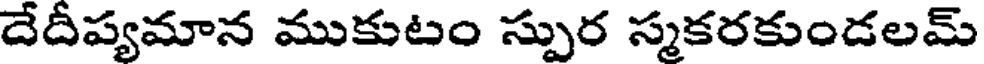
దేదీప్యమాన ముకుటం స్పుర స్మకరకుండలమ్